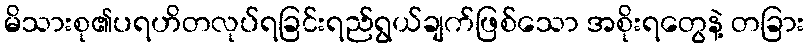
မိသားစု၏ပရဟိတလုပ်ရခြင်းရည်ရွယ်ချက်ဖြစ်သော အစိုးရတွေနဲ့ တခြား